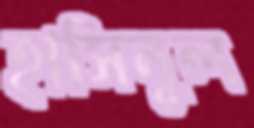
হাসিনুল